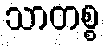
သာတစ္စ